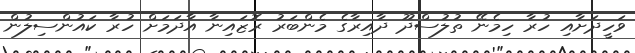
ވަހީދަށާއި ހުރާ ހިމެނޭ ތުލުސްދޫ ދާއިރާގެ މެންބަރު ރޮޒައިނާ އާދަމަށް ހުރާ ކައުންސިލުން